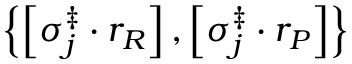
\left\{ \left[ \sigma _ { j } ^ { \ddag } \cdot r _ { R } \right] , \left[ \sigma _ { j } ^ { \ddag } \cdot r _ { P } \right] \right\}